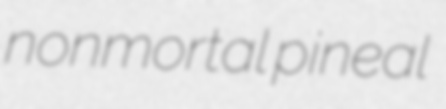
nonmortal pineal